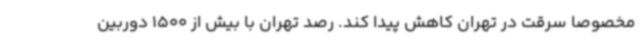
مخصوصاً سرقت در تهران کاهش پیدا کند. رصد تهران با بیش از 1500 دوربین